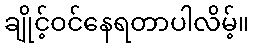
ချိုင့်ဝင်နေရတာပါလိမ့်။